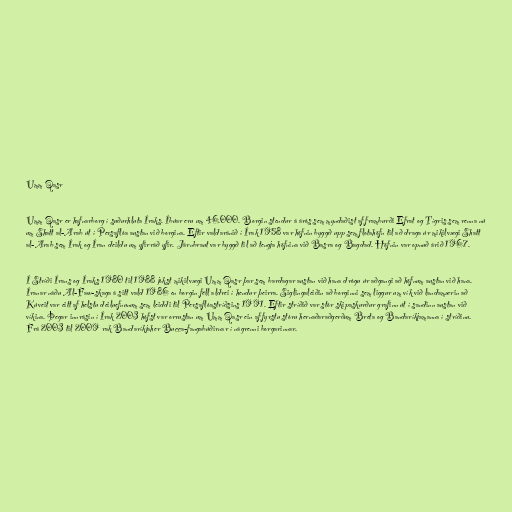
Umm Qasr

Umm Qasr er hafnarborg í suðurhluta Íraks. Íbúar eru um 46.000. Borgin stendur á árós sem myndaðist af framburði Efrat og Tígris sem renna nú
um Shatt al-Arab út í Persaflóa austan við borgina. Eftir valdaránið í Írak 1958 var höfnin byggð upp sem flotahöfn til að draga úr mikilvægi Shatt
al-Arab sem Írak og Íran deildu um yfirráð yfir. Járnbraut var byggð til að tengja höfnina við Basra og Bagdad. Höfnin var opnuð árið 1967.

Í Stríði Írans og Íraks 1980 til 1988 jókst mikilvægi Umm Qasr þar sem bardagar austan við hana drógu úr aðgangi að höfnum austan við hana.
Íranar náðu Al-Faw-skaga á sitt vald 1986 en borgin féll aldrei í hendur þeirra. Siglingaleiðin að borginni sem liggur um vík við landamærin að
Kúveit var eitt af helstu deiluefnunum sem leiddi til Persaflóastríðsins 1991. Eftir stríðið var stór skipaskurður grafinn út í sandinn austan við
víkina. Þegar innrásin í Írak 2003 hófst var orrustan um Umm Qasr ein af fyrstu stóru hernaðaraðgerðum Breta og Bandaríkjamanna í stríðinu.
Frá 2003 til 2009 rak Bandaríkjaher Bucca-fangabúðirnar í nágrenni borgarinnar.